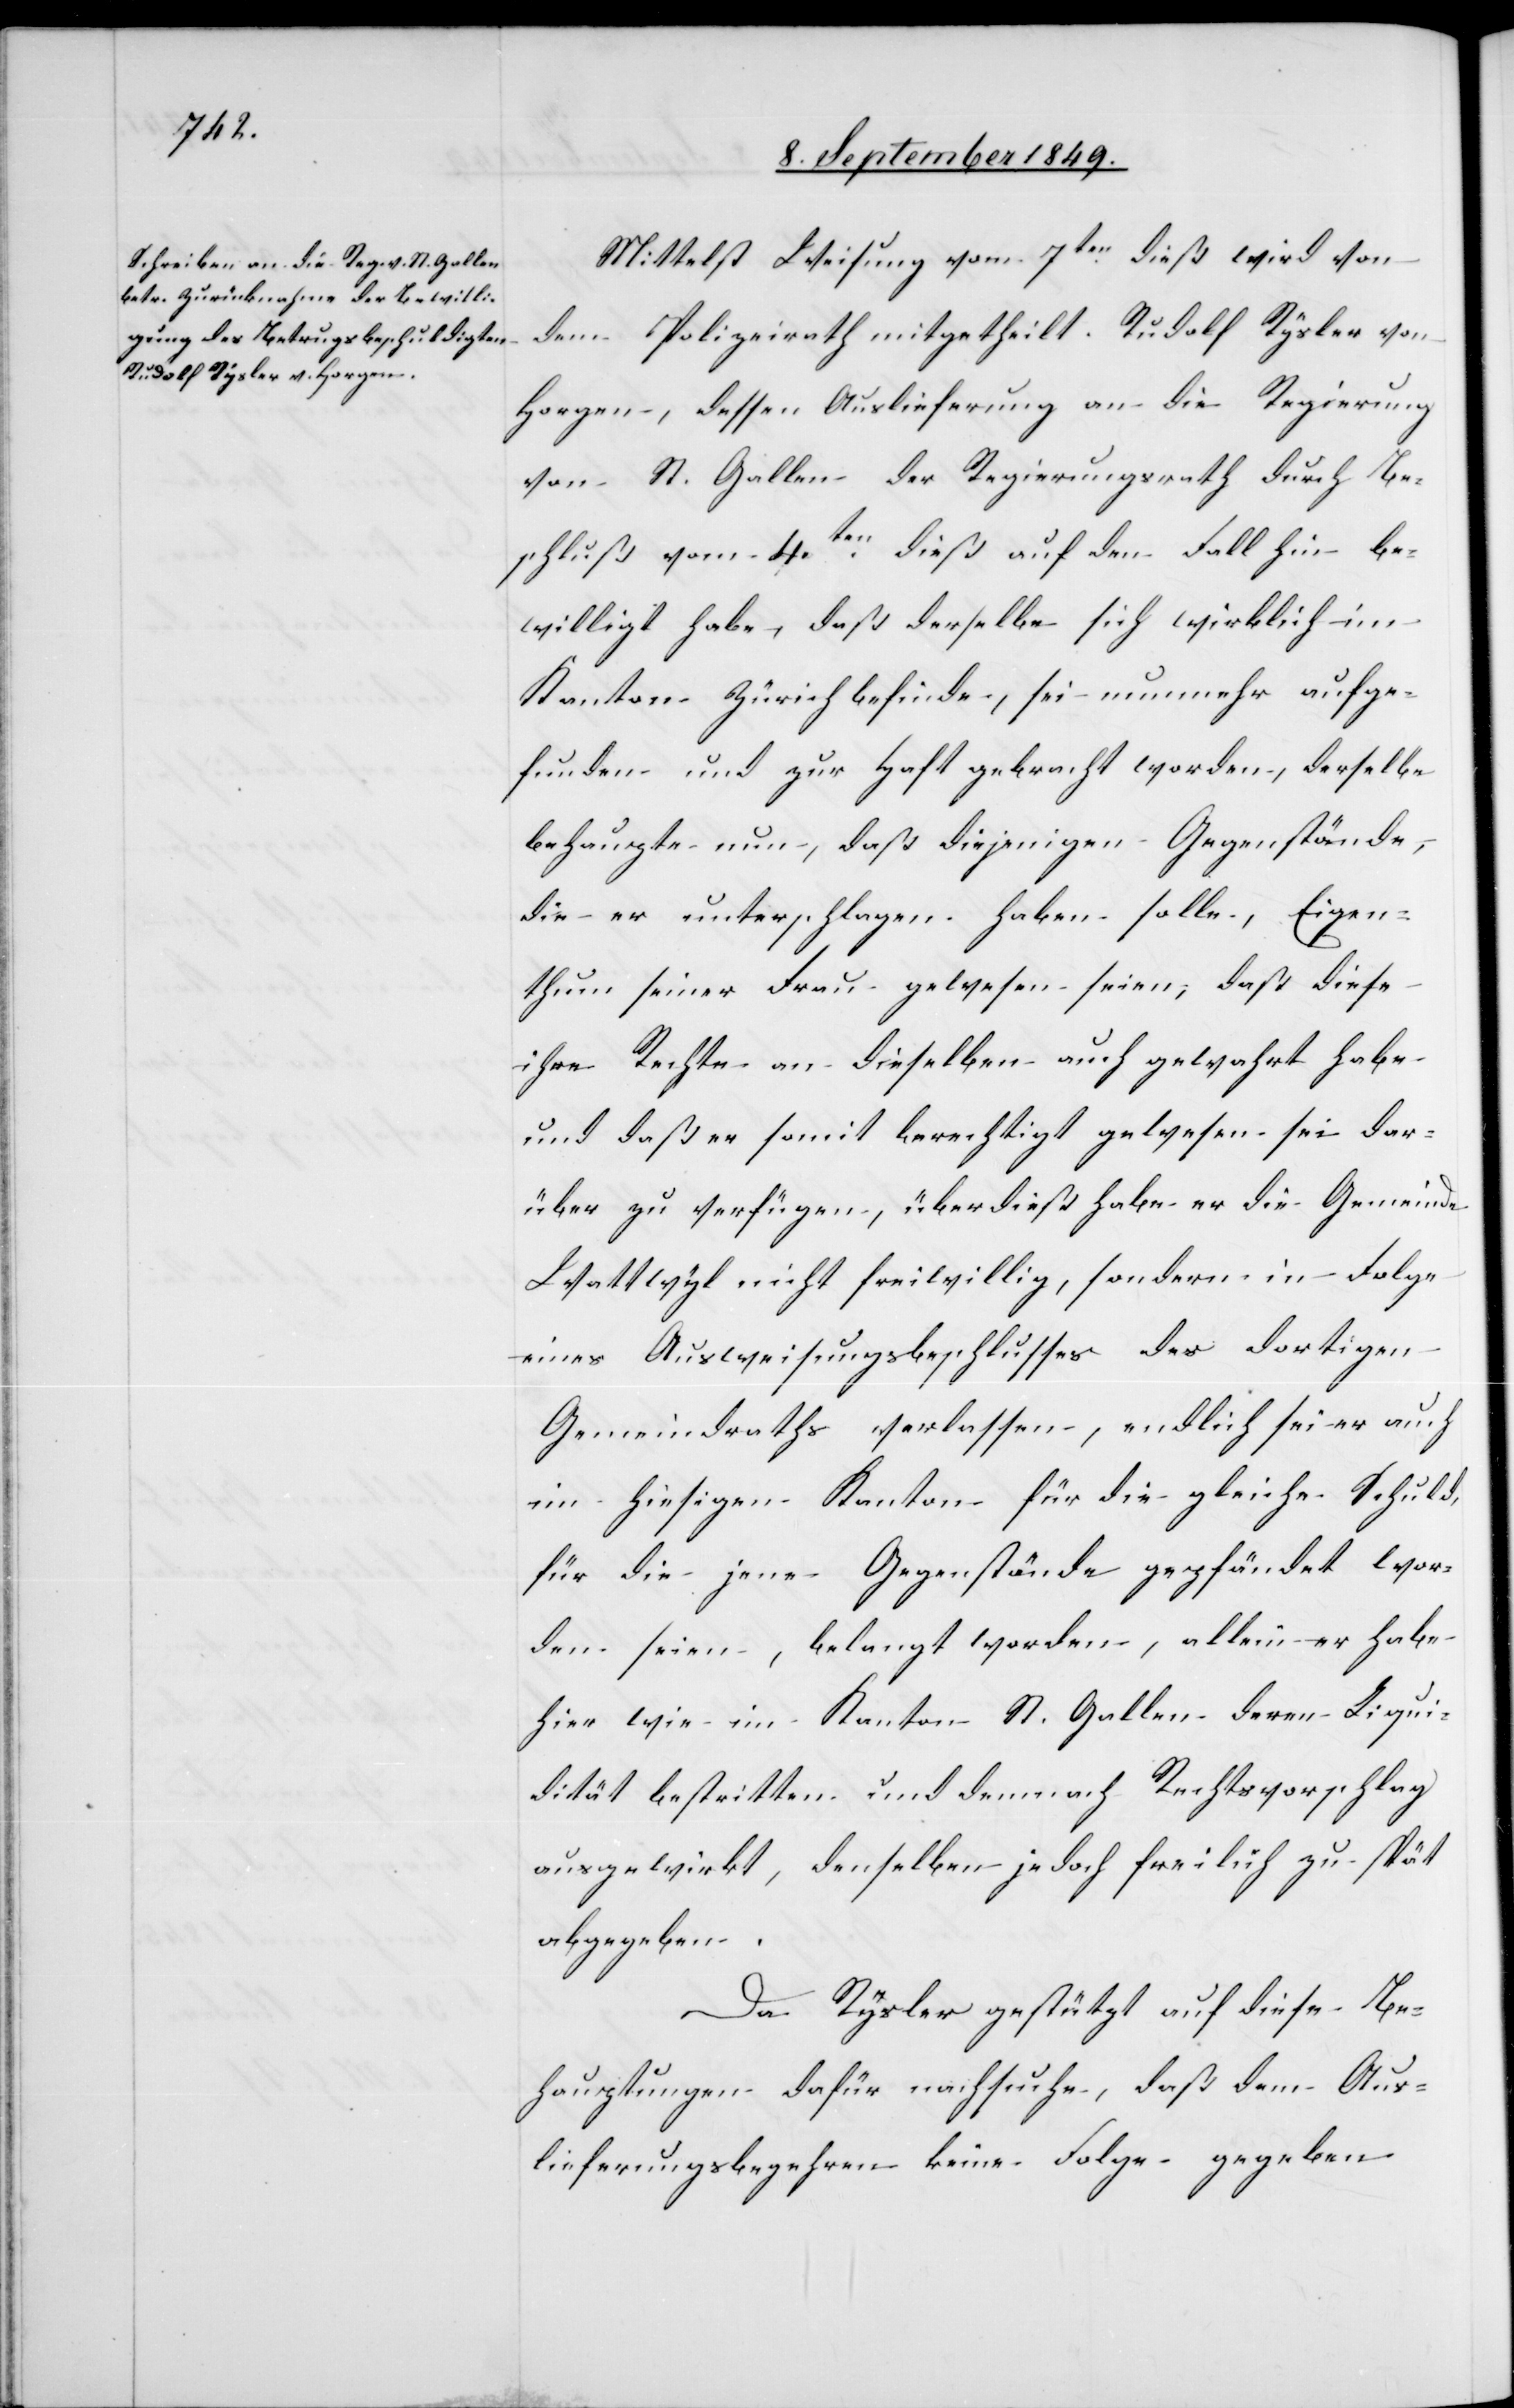
Mittelst Weisung vom 7ten dieß wird von
dem Polizeirath mitgetheilt. Rudolf Rysler von
Horgen, dessen Auslieferung an die Regierung
von St. Gallen der Regierungsrath durch Be¬
schluß vom 4ten dieß auf den Fall hin be¬
willigt habe, daß derselbe sich wirklich im
Kanton Zürich befinde, sei nunmehr aufge¬
funden und zur Haft gebracht worden, derselbe
behaupte nun, daß diejenigen Gegenstände,
die er unterschlagen haben solle, Eigen¬
thum seiner Frau gewesen seien, daß diese
ihre Rechte an dieselben auch gewahrt habe
und daß er somit berechtigt gewesen sei dar¬
über zu verfügen, überdieß habe er die Gemeinde
Wattwyl nicht freiwillig, sondern in Folge
eines Ausweisungsbeschlusses des dortigen
Gemeindraths verlassen, endlich sei er auch
im hiesigen Kanton für die gleiche Schuld,
für die jene Gegenstände gepfändet wor¬
den seien, belangt worden, allein er habe
hier wie im Kanton St. Gallen deren Liqui¬
dität bestritten und demnach Rechtsvorschlag
ausgewirkt, denselben jedoch freilich zu spät
abgegeben.
Da Rysler gestützt auf diese Be¬
hauptungen dafür nachsuche, daß dem Aus¬
lieferungsbegehren keine Folge gegeben